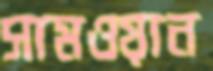
সামওয়ান